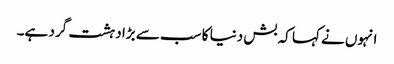
انہوں نے کہا کہ بش دنیا کا سب سے بڑا دہشت گرد ہے۔